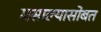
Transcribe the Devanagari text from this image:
मसाल्यासोबत